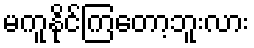
မကူနိုင်ကြတော့ဘူးလား